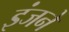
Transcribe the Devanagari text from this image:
इंजनें